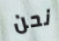
نحن